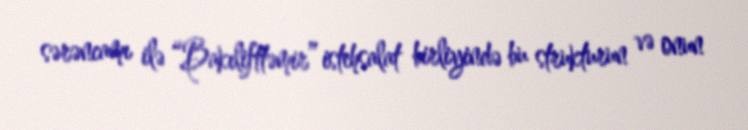
sərəncamı ilə “Bakılifttəmir” istehsalat birliyində bu strukturun və onun